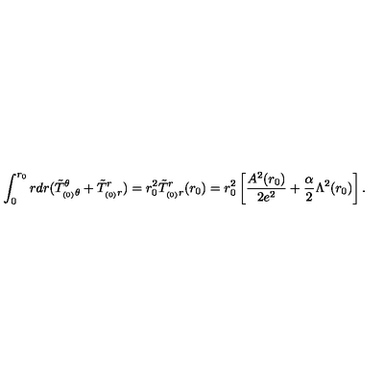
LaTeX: \int _ { 0 } ^ { r _ { 0 } } r d r ( \tilde { T } _ { _ { ( 0 ) } \theta } ^ { \theta } + \tilde { T } _ { _ { ( 0 ) } r } ^ { r } ) = r _ { 0 } ^ { 2 } \tilde { T } _ { _ { ( 0 ) } r } ^ { r } ( r _ { 0 } ) = r _ { 0 } ^ { 2 } \left[ \frac { A ^ { 2 } ( r _ { 0 } ) } { 2 e ^ { 2 } } + \frac { \alpha } { 2 } \Lambda ^ { 2 } ( r _ { 0 } ) \right] .